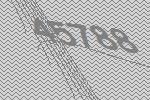
45788